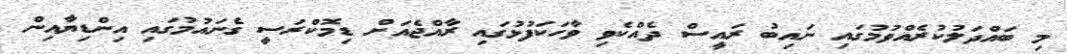
މި ބައްދަލުކުރެއްވުމުގައި ނައިބު ރައީސް ދެއްކެވި ވާހަކަފުޅުގައި ރާއްޖެއަށް ޑިމޮކްރަސީ ގެނައުމުގައި އިންޑިޔާއިން